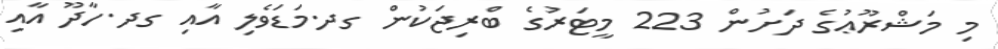
މި މަޝްރޫޢުގެ ދަށުން 223 މީޓަރުގެ ބްރިޖަކުން ގދ.މަޑަވެލި އާއި ގދ.ހާދޫ އާއި